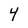
Character: 4